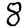
Digit: 8